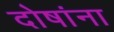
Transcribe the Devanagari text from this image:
दोषांना